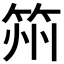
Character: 𮵰